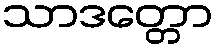
သာဒတ္တော